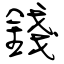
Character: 錢